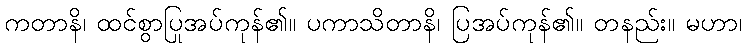
ကတာနိ၊ ထင်စွာပြုအပ်ကုန်၏။ ပကာသိတာနိ၊ ပြအပ်ကုန်၏။ တနည်း။ မဟာ၊